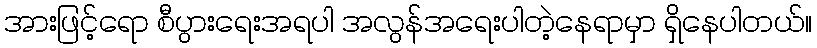
အားဖြင့်ရော စီပွားရေးအရပါ အလွန်အရေးပါတဲ့နေရာမှာ ရှိနေပါတယ်။